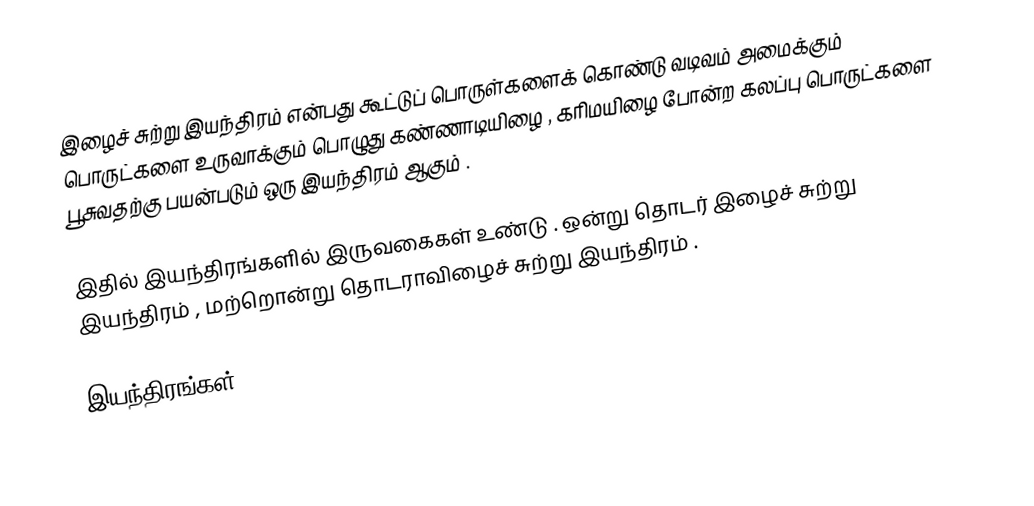
இழைச் சுற்று இயந்திரம் என்பது கூட்டுப் பொருள்களைக் கொண்டு வடிவம் அமைக்கும் பொருட்களை உருவாக்கும் பொழுது கண்ணாடியிழை , கரிமயிழை போன்ற கலப்பு பொருட்களை பூசுவதற்கு பயன்படும் ஒரு இயந்திரம் ஆகும் .

இதில் இயந்திரங்களில் இருவகைகள் உண்டு . ஒன்று தொடர் இழைச் சுற்று இயந்திரம் , மற்றொன்று தொடராவிழைச் சுற்று இயந்திரம் .

இயந்திரங்கள்